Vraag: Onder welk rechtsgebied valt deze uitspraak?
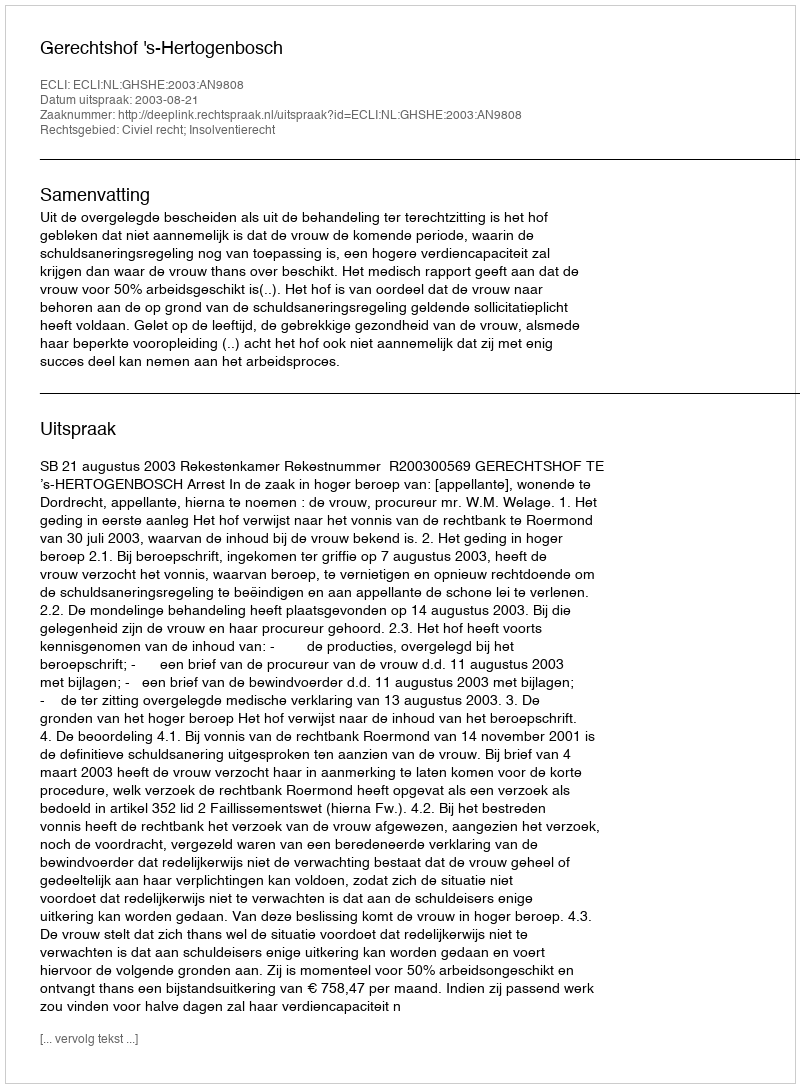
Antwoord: Civiel recht; Insolventierecht